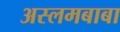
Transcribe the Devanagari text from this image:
अस्लमबाबा